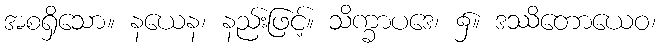
အစရှိသော။ နယေန၊ နည်းဖြင့်။ သိက္ခာပဒေ၊ ၌။ ဒဿိတောယေဝ၊